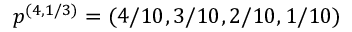
\boldsymbol { p } ^ { ( 4 , 1 / 3 ) } = ( 4 / 1 0 , 3 / 1 0 , 2 / 1 0 , 1 / 1 0 )